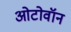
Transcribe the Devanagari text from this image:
ओटोवॉन